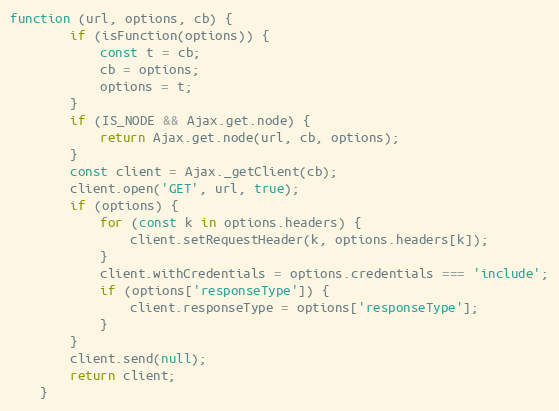
Language: JavaScript
function (url, options, cb) {
        if (isFunction(options)) {
            const t = cb;
            cb = options;
            options = t;
        }
        if (IS_NODE && Ajax.get.node) {
            return Ajax.get.node(url, cb, options);
        }
        const client = Ajax._getClient(cb);
        client.open('GET', url, true);
        if (options) {
            for (const k in options.headers) {
                client.setRequestHeader(k, options.headers[k]);
            }
            client.withCredentials = options.credentials === 'include';
            if (options['responseType']) {
                client.responseType = options['responseType'];
            }
        }
        client.send(null);
        return client;
    }